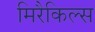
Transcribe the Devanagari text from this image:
मिरैकिल्स